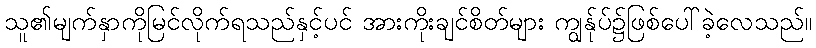
သူ၏မျက်နှာကိုမြင်လိုက်ရသည်နှင့်ပင် အားကိုးချင်စိတ်များ ကျွန်ုပ်၌ဖြစ်ပေါ်ခဲ့လေသည်။